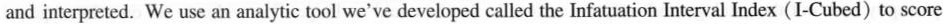
and interpreted.We use an analytic tool we've developed called the Infatuation Interval Index (I-Cubed) to score